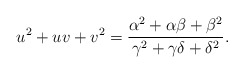
\begin{align*}u^2 + uv + v^2 = \frac{\alpha^2 + \alpha \beta + \beta^2}{\gamma^2 + \gamma\delta + \delta^2}.\end{align*}